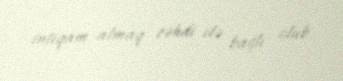
intiqam almaq cəhdi ilə bağlı olub.